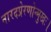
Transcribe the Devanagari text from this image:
नारदप्रेरणोन्मुखः।